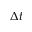
\Delta t